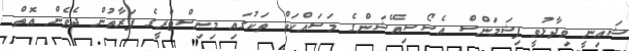
ޝައިނީ ވިދާޅުވީ ފިޝަމަންސް އެސޯސިއޭޝަންގެ މަސައްކަތް ތަކުގައި މިނިސްޓްރީގެ ފަރާތުން ދެވެން އޮތް